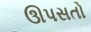
ઊપસતો